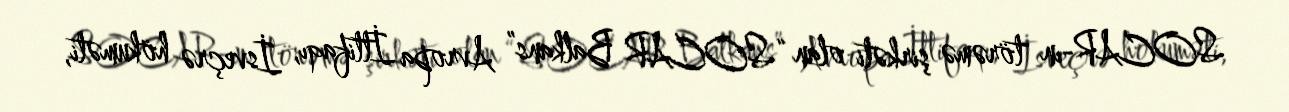
SOCAR-ın törəmə şirkəti olan “SOCAR Balkans” Avropa İttifaqı, İsveçrə hökuməti,